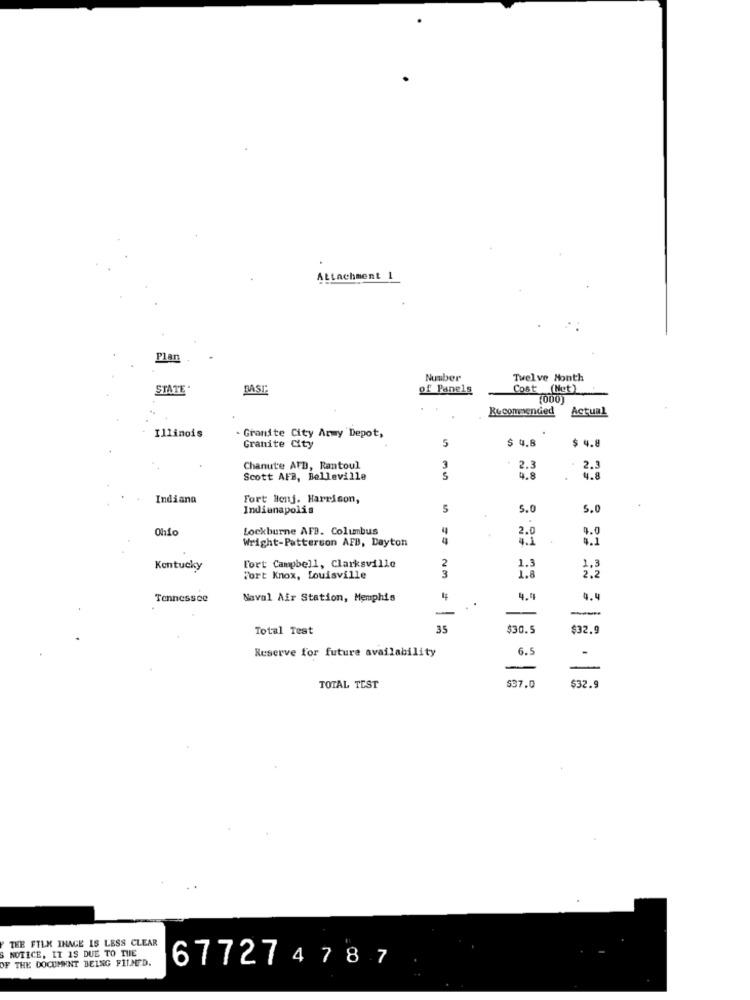
Attachment 1
Plan
Number
Twelve Month
STATE
BASE
of Panels
Cost (Net)
(000)
Recommended
Actual
Illinois
. Granite City Army Depot,
Granite City
5
$ 4.8
$ 4.8
Chanute AFD, Rantoul
3
2.3
Scott AFB, Belleville
5
9.8
4.8
Indiana
Fort Benj. Harrison,
Indianapolis
5
5.
5.0
Lockburne AFB. Columbus
2.0
4.0
Wright-Patterson AFB, Dayton
1,3
Kentucky
Fort Campbell, Clarksville
1.3
Fort Knox, Louisville
3
1.8
2.2
Tennessee
Naval Air Station, Memphis
4
4."
4.4
-
Total Test
35
$30.5
$32.9
Reserve for future availability
6.5
-
537.0
TOTAL TEST
$32.9
THE FILM INAGE IS LESS CLEAR
S NOTICE, IT IS DUE TO THE
OF THE DOCUMENT BEING FILMED.
677274787